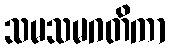
သမသမဂတိကာ